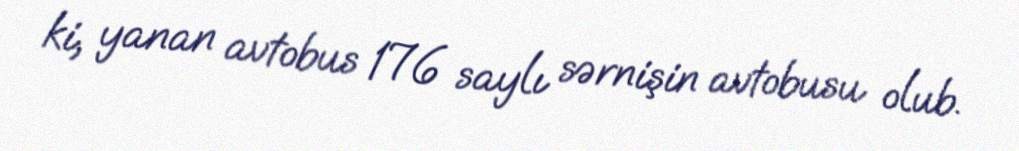
ki, yanan avtobus 176 saylı sərnişin avtobusu olub.